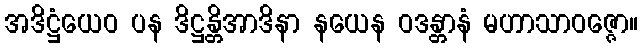
အဒိဋ္ဌံယေဝ ပန ဒိဋ္ဌန္တိအာဒိနာ နယေန ဝဒန္တာနံ မဟာသာဝဇ္ဇော။